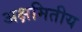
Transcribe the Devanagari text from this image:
अक्षमितीय